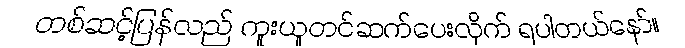
တစ်ဆင့်ပြန်လည် ကူးယူတင်ဆက်ပေးလိုက် ရပါတယ်နော်။